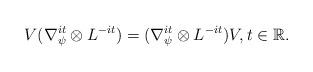
LaTeX: \begin{align*}V(\nabla_{\psi}^{it}\otimes L^{-it})=(\nabla_{\psi}^{it}\otimes L^{-it})V,t\in\mathbb{R}.\end{align*}